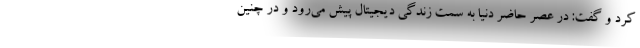
کرد و گفت: در عصر حاضر دنیا به سمت زندگی دیجیتال پیش می‌رود و در چنین